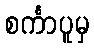
စင်္ကာပူမှ